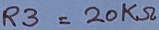
Text: R3=20KΩ